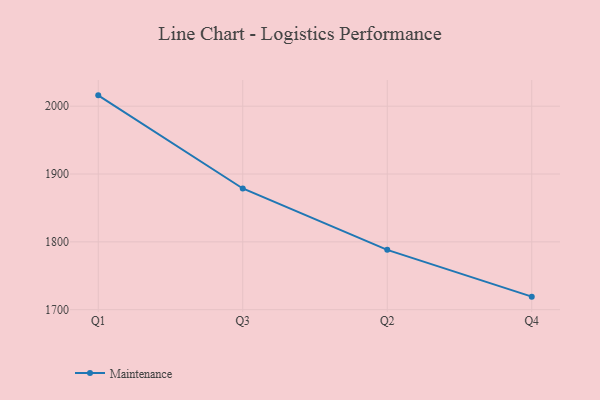
{"axis": {"x": "Quarter", "y": "Budget (USD K)"}, "legend": ["Maintenance"], "data": [{"x": "Q1", "y": 2016.0, "type": "Maintenance"}, {"x": "Q3", "y": 1878.7, "type": "Maintenance"}, {"x": "Q2", "y": 1788.2, "type": "Maintenance"}, {"x": "Q4", "y": 1719.2, "type": "Maintenance"}]}